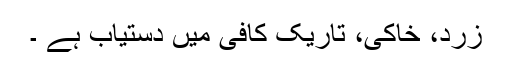
زرد، خاکی، تاریک کافی میں دستیاب ہے ۔